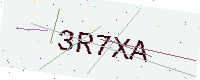
Text: 3R7XA